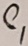
Text: C1